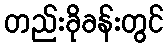
တည်းခိုခန်းတွင်